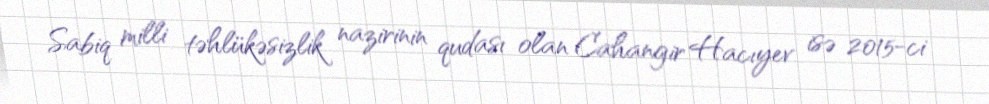
Sabiq milli təhlükəsizlik nazirinin qudası olan Cahangir Hacıyev isə 2015-ci